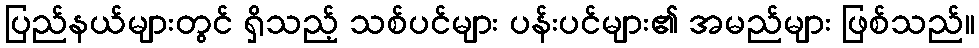
ပြည်နယ်များတွင် ရှိသည့် သစ်ပင်များ ပန်းပင်များ၏ အမည်များ ဖြစ်သည်။